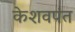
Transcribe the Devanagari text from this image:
केशवपंत